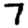
Digit: 7